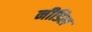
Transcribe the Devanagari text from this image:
नीडिल